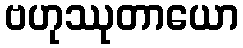
ဗဟုဿုတာယော